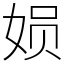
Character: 㛣